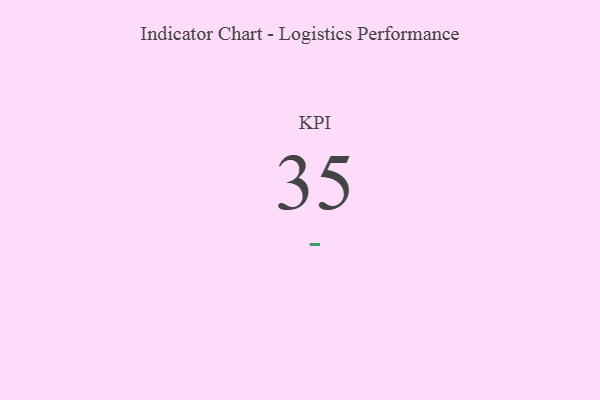
{"axis": {"x": "KPI", "y": "Value"}, "legend": [""], "data": [{"x": "KPI", "y": 35, "type": ""}]}